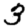
Digit: 3